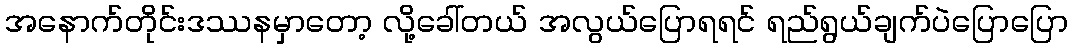
အနောက်တိုင်းဒဿနမှာတော့ လို့ခေါ်တယ် အလွယ်ပြောရရင် ရည်ရွယ်ချက်ပဲပြောပြော